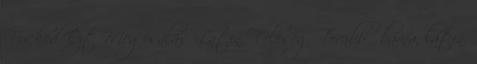
Fucked Ezt Megcsalás Latin Feleség Tovább . barna, latin,